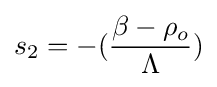
s_{2}=-({\frac {\beta -\rho _{o}}{\Lambda }})